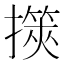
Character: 擌